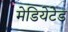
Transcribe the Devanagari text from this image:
मेडियेटेड